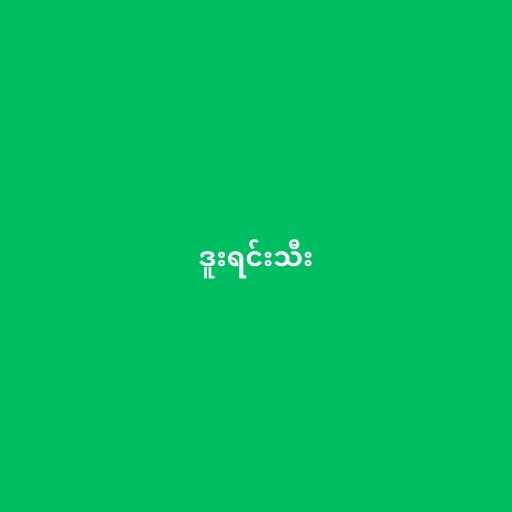
ဒူးရင်းသီး